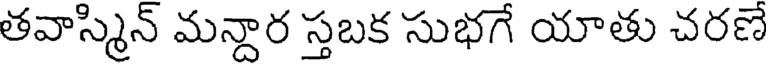
తవాస్మిన్ మన్దార స్తబక సుభగే యాతు చరణే